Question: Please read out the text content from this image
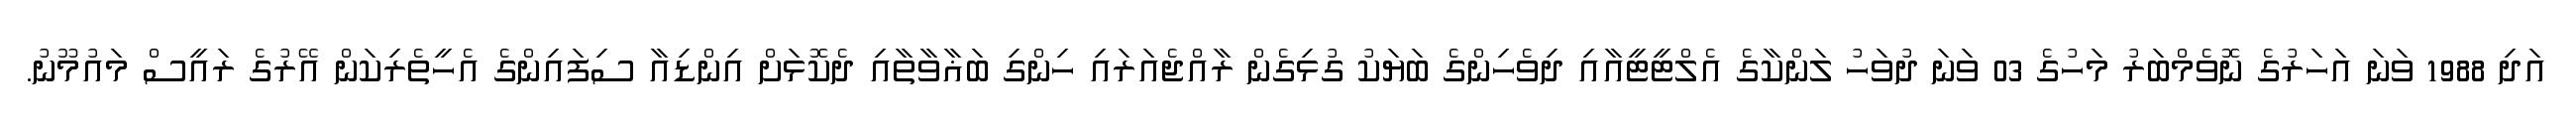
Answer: އަދި 1988 ވަނަ އަހަރުގެ ނޮވެމްބަރު މަހުގެ 03 ވަނަ ދުވަހު ލަންކާގެ އެލްޓީޓީއާއި ދިވެހިންގެ ބަޔަކު ގުޅިގެން ރާއްޖެއަރައި ހިންގި ބަޣާވާތާއި ދެކޮޅަށް އިންޑިއާ ސިފައިންގެ އެހީތެރިކަން އޭރުގެ ރައީސް މައުމޫނު.